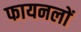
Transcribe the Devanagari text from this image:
फायनलों